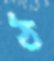
ঠ